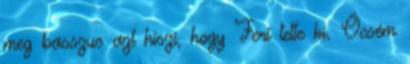
meg basszus azt hiszi, hogy Feri tette ki. Öcsém